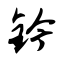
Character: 钤